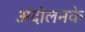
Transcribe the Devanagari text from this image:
अंदोलनके